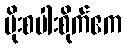
မိုးစပါးစိုက်ဧက